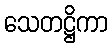
သေတဋ္ဌိကာ